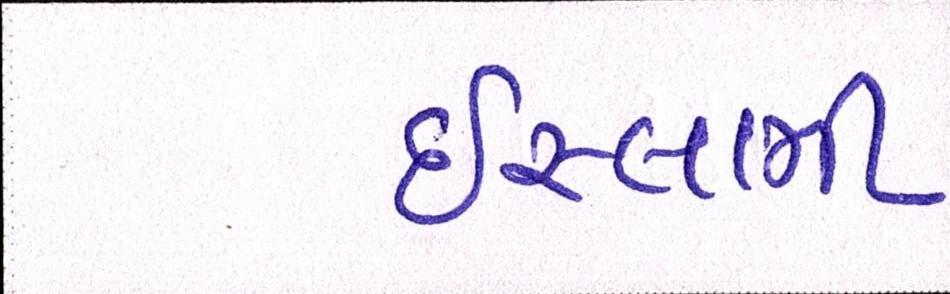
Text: ઈસ્લામી